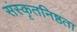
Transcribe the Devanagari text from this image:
संस्कृतनिष्ठता